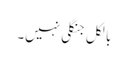
بالکل جنگلی نہیں۔